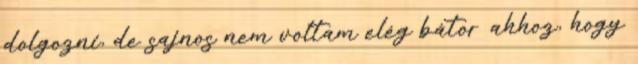
dolgozni, de sajnos nem voltam elég bátor ahhoz, hogy